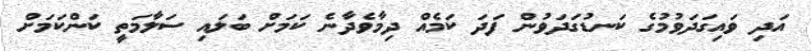
އަދި ވައިގަދަވުމުގެ ކަނޑުގަދަވުން ފަދަ ކަމެއް ދިމާވެދާނެ ކަމަށް ބަލައި ސަލާމަތީ ކަންކަމަށް